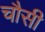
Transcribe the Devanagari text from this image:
चौसी